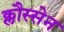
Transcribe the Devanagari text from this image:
क्लौस्सेन